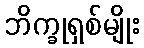
ဘိက္ခုရှစ်မျိုး